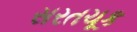
સરતચૂક